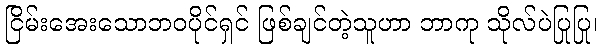
ငြိမ်းအေးသောဘဝပိုင်ရှင် ဖြစ်ချင်တဲ့သူဟာ ဘာကု သိုလ်ပဲပြုပြု၊